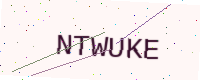
Text: NTWUKE